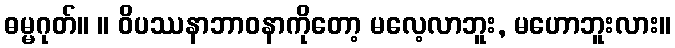
ဓမ္မဂုတ်။ ။ ဝိပဿနာဘာဝနာကိုတော့ မလေ့လာဘူး, မဟောဘူးလား။